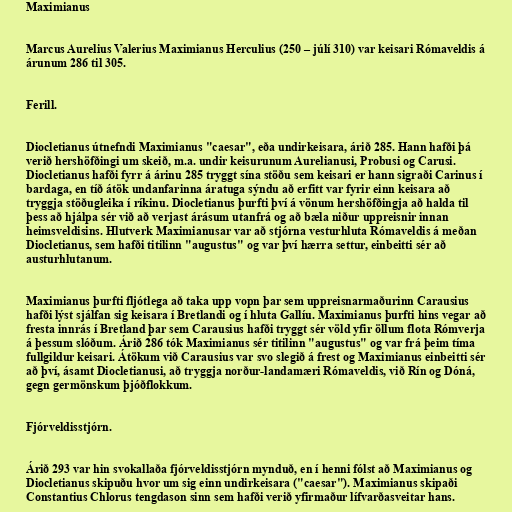
Maximianus

Marcus Aurelius Valerius Maximianus Herculius (250 – júlí 310) var keisari Rómaveldis á
árunum 286 til 305.

Ferill.

Diocletianus útnefndi Maximianus "caesar", eða undirkeisara, árið 285. Hann hafði þá
verið hershöfðingi um skeið, m.a. undir keisurunum Aurelianusi, Probusi og Carusi.
Diocletianus hafði fyrr á árinu 285 tryggt sína stöðu sem keisari er hann sigraði Carinus í
bardaga, en tíð átök undanfarinna áratuga sýndu að erfitt var fyrir einn keisara að
tryggja stöðugleika í ríkinu. Diocletianus þurfti því á vönum hershöfðingja að halda til
þess að hjálpa sér við að verjast árásum utanfrá og að bæla niður uppreisnir innan
heimsveldisins. Hlutverk Maximianusar var að stjórna vesturhluta Rómaveldis á meðan
Diocletianus, sem hafði titilinn "augustus" og var því hærra settur, einbeitti sér að
austurhlutanum.

Maximianus þurfti fljótlega að taka upp vopn þar sem uppreisnarmaðurinn Carausius
hafði lýst sjálfan sig keisara í Bretlandi og í hluta Gallíu. Maximianus þurfti hins vegar að
fresta innrás í Bretland þar sem Carausius hafði tryggt sér völd yfir öllum flota Rómverja
á þessum slóðum. Árið 286 tók Maximianus sér titilinn "augustus" og var frá þeim tíma
fullgildur keisari. Átökum við Carausius var svo slegið á frest og Maximianus einbeitti sér
að því, ásamt Diocletianusi, að tryggja norður-landamæri Rómaveldis, við Rín og Dóná,
gegn germönskum þjóðflokkum.

Fjórveldisstjórn.

Árið 293 var hin svokallaða fjórveldisstjórn mynduð, en í henni fólst að Maximianus og
Diocletianus skipuðu hvor um sig einn undirkeisara ("caesar"). Maximianus skipaði
Constantius Chlorus tengdason sinn sem hafði verið yfirmaður lífvarðasveitar hans.